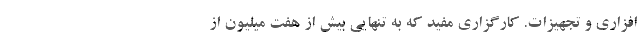
افزاری و تجهیزات. کارگزاری مفید که به تنهایی بیش از هفت میلیون از